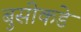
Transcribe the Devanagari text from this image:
बुसीकडे